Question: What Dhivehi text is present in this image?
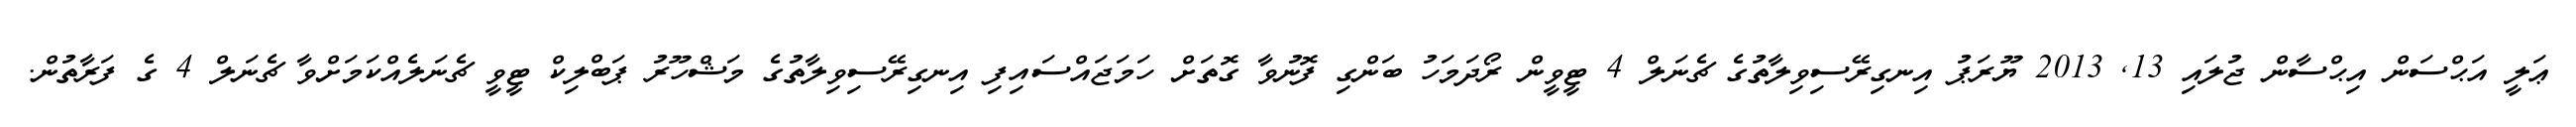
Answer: ޢަލީ އަޙްސަން އިޙްސާން ޖުލައި 13, 2013 ޔޫރަޕު އިނގިރޭސިވިލާތުގެ ޗެނަލް 4 ޓީވީން ރޯދަމަހު ބަންގި ފޮނުވާ ގޮތަށް ހަމަޖައްސައިފި އިނގިރޭސިވިލާތުގެ މަޝްހޫރު ޕަބްލިކް ޓީވީ ޗެނަލެއްކަމަށްވާ ޗެނަލް 4 ގެ ފަރާތުން.